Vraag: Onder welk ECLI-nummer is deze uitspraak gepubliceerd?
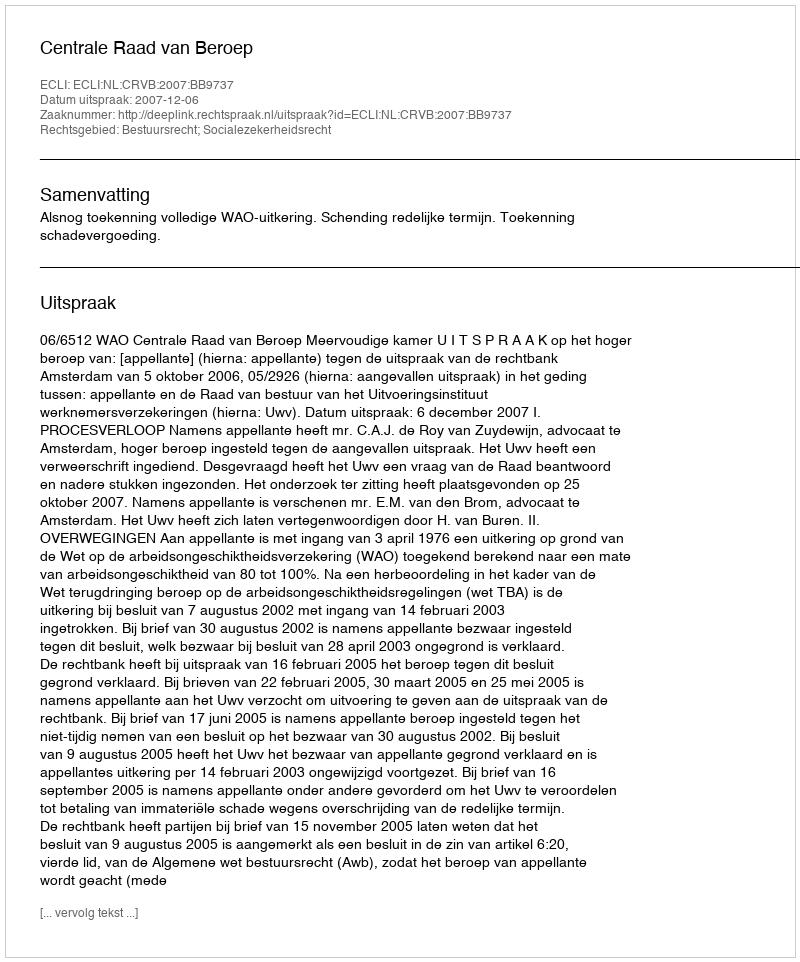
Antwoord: ECLI:NL:CRVB:2007:BB9737